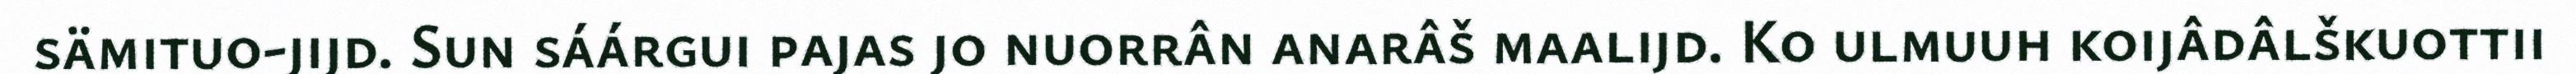
sämituo-jijd. Sun sáárgui pajas jo nuorrân anarâš maalijd. Ko ulmuuh koijâdâlškuottii